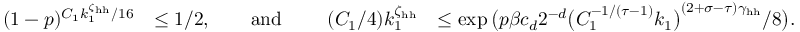
\begin{array} { r l r } { ( 1 - p ) ^ { C _ { 1 } k _ { 1 } ^ { \zeta _ { \mathrm { h h } } } / 1 6 } } & { \le 1 / 2 , \qquad \mathrm { a n d ~ } \qquad ( C _ { 1 } / 4 ) k _ { 1 } ^ { \zeta _ { \mathrm { h h } } } } & { \le \exp \big ( p \beta c _ { d } 2 ^ { - d } \big ( C _ { 1 } ^ { - 1 / ( \tau - 1 ) } k _ { 1 } \big ) ^ { ( 2 + \sigma - \tau ) \gamma _ { \mathrm { h h } } } / 8 \big ) . } \end{array}